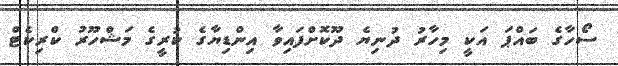
ސޯހާގެ ބައްޕަ އަކީ މިހާރު ދުނިޔެ ދޫކޮށްފައިވާ އިންޑިޔާގެ ކުރީގެ މަޝްހޫރު ކްރިކެޓް